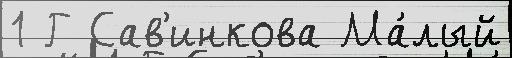
1 Г Сав'инкова Ма́лый